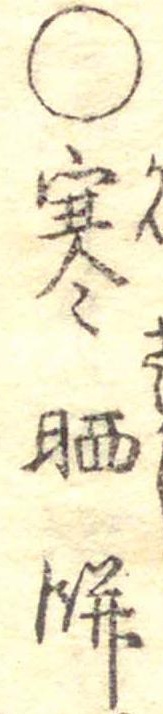
○寒晒餅